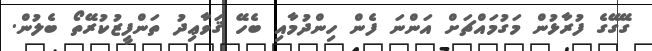
ގޭގޭގެ ފުރާޅުން މަގުމައްޗަށް އަންނަ ފެން ހިންދުމާއި ބެހޭ ޤަވާޢިދު ތަންފީޒުކުރޭތޯ ބެލުން.